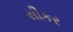
સીકર